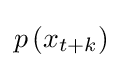
p\left(x_{t+k}\right)